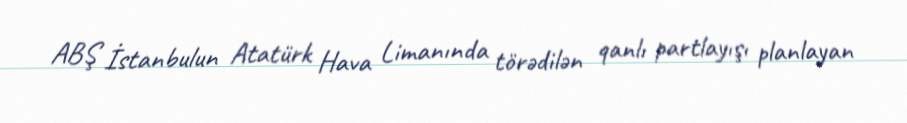
ABŞ İstanbulun Atatürk Hava Limanında törədilən qanlı partlayışı planlayan